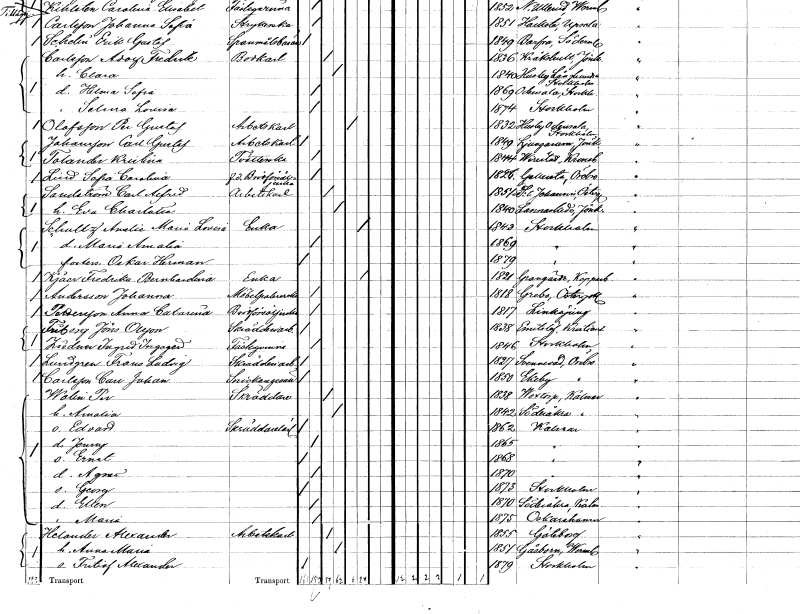
gt_parse: households: individuals: FN: Sofia Carolina
EN: Lind
YRKE: Brödförsäljerska f.d.
KON: K
CIV: O
FODAR: 1826
FODFORS: Gällersta Örebro län
FN: Carl Alfred
EN: Sandström
YRKE: Arbetskarl
KON: M
CIV: G
FODAR: 1851
FODFORS: Sankt Johannes Östergötlands län
FN: Eva Charlotta
KON: K
CIV: G
FODAR: 1840
FODFORS: Lannaskede Jönköpings län
FN: Amalia Maria Lovisa
EN: Schultz
YRKE: Änka
KON: K
CIV: E
FODAR: 1843
FODFORS: Stockholm
FN: Maria Amalia
KON: K
CIV: O
FODAR: 1869
FODFORS: Stockholm
FN: Oskar Herman
KON: M
CIV: O
FODAR: 1879
FODFORS: Stockholm
FN: Fredrika Bernhardina
EN: Kjäer
YRKE: Änka
KON: K
CIV: E
FODAR: 1821
FODFORS: Grangärde Kopparbergs län
FN: Johanna
EN: Andersson
YRKE: Möbelpolererska
KON: K
CIV: O
FODAR: 1818
FODFORS: Grebo Östergötlands län
FN: Anna Catarina
EN: Pettersson
YRKE: Brödförsäljerska
KON: K
CIV: O
FODAR: 1817
FODFORS: Linköping Östergötlands län
FN: Jöns
EN: Friberg Olsson
YRKE: Skrädderiarbetare
KON: M
CIV: O
FODAR: 1838
FODFORS: Emmislöv Kristianstads län
FN: Ingrid Ingegerd
EN: Ziedman
KON: K
CIV: O
FODAR: 1846
FODFORS: Stockholm
FN: Frans Ludvig
EN: Lundgren
YRKE: Skrädderiarbetare
KON: M
CIV: O
FODAR: 1827
FODFORS: Svennevad Örebro län
FN: Carl Johan
EN: Carlsson
YRKE: Snickaregesäll
KON: M
CIV: O
FODAR: 1850
FODFORS: Ekeby Örebro län
FN: Per
EN: Wolin
YRKE: Skräddare
KON: M
CIV: G
FODAR: 1838
FODFORS: Voxtorp Kalmar län
FN: Amalia
KON: K
CIV: G
FODAR: 1842
FODFORS: Söderåkra Kalmar län
FN: Edvard
YRKE: Skräddarelärling
KON: M
CIV: O
FODAR: 1862
FODFORS: Kalmar Kalmar län
FN: Jenny
KON: K
CIV: O
FODAR: 1865
FODFORS: Kalmar Kalmar län
FN: Ernst
KON: M
CIV: O
FODAR: 1868
FODFORS: Kalmar Kalmar län
FN: Agnes
KON: K
CIV: O
FODAR: 1870
FODFORS: Kalmar Kalmar län
FN: Georg
KON: M
CIV: O
FODAR: 1873
FODFORS: Stockholm
FN: Ellen
KON: K
CIV: O
FODAR: 1870
FODFORS: Söderåkra Kalmar län
FN: Maria
KON: K
CIV: O
FODAR: 1875
FODFORS: Oskarshamn Kalmar län
FN: Alexander
EN: Helander
YRKE: Arbetskarl
KON: M
CIV: G
FODAR: 1855
FODFORS: Göteborg Göteborgs- och Bohuslän
FN: Anna Maria
KON: K
CIV: G
FODAR: 1851
FODFORS: Gåsborn Värmlands län
FN: Fritiof Alexander
KON: M
CIV: O
FODAR: 1879
FODFORS: Stockholm